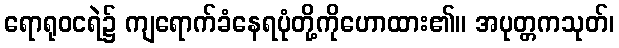
ရောရုဝငရဲ၌ ကျရောက်ခံနေရပုံတို့ကိုဟောထား၏။ အပုတ္တကသုတ်၊